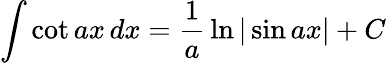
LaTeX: \int\cot ax\, dx={\frac{1}{a}}\ln|\sin ax|+C